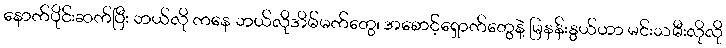
နောက်ပိုင်းဆက်ပြီး ဘယ်လို ကနေ ဘယ်လိုအိမ်မက်တွေ၊ အစောင့်ရှောက်တွေနဲ့ မြနန်းနွယ်ဟာ မင်းသမီးလိုလို